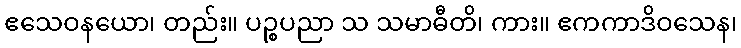
ဧသေဝနယော၊ တည်း။ ပဉ္စပညာ သ သမာဓီတိ၊ ကား။ ဧကကာဒိဝသေန၊